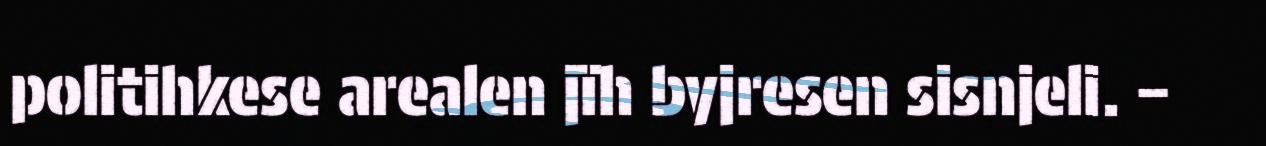
politihkese arealen jïh byjresen sisnjeli. –